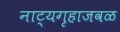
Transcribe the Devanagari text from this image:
नाट्यगृहाजवळ